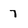
Character: 7